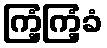
ကြံ့ကြံ့ခံ